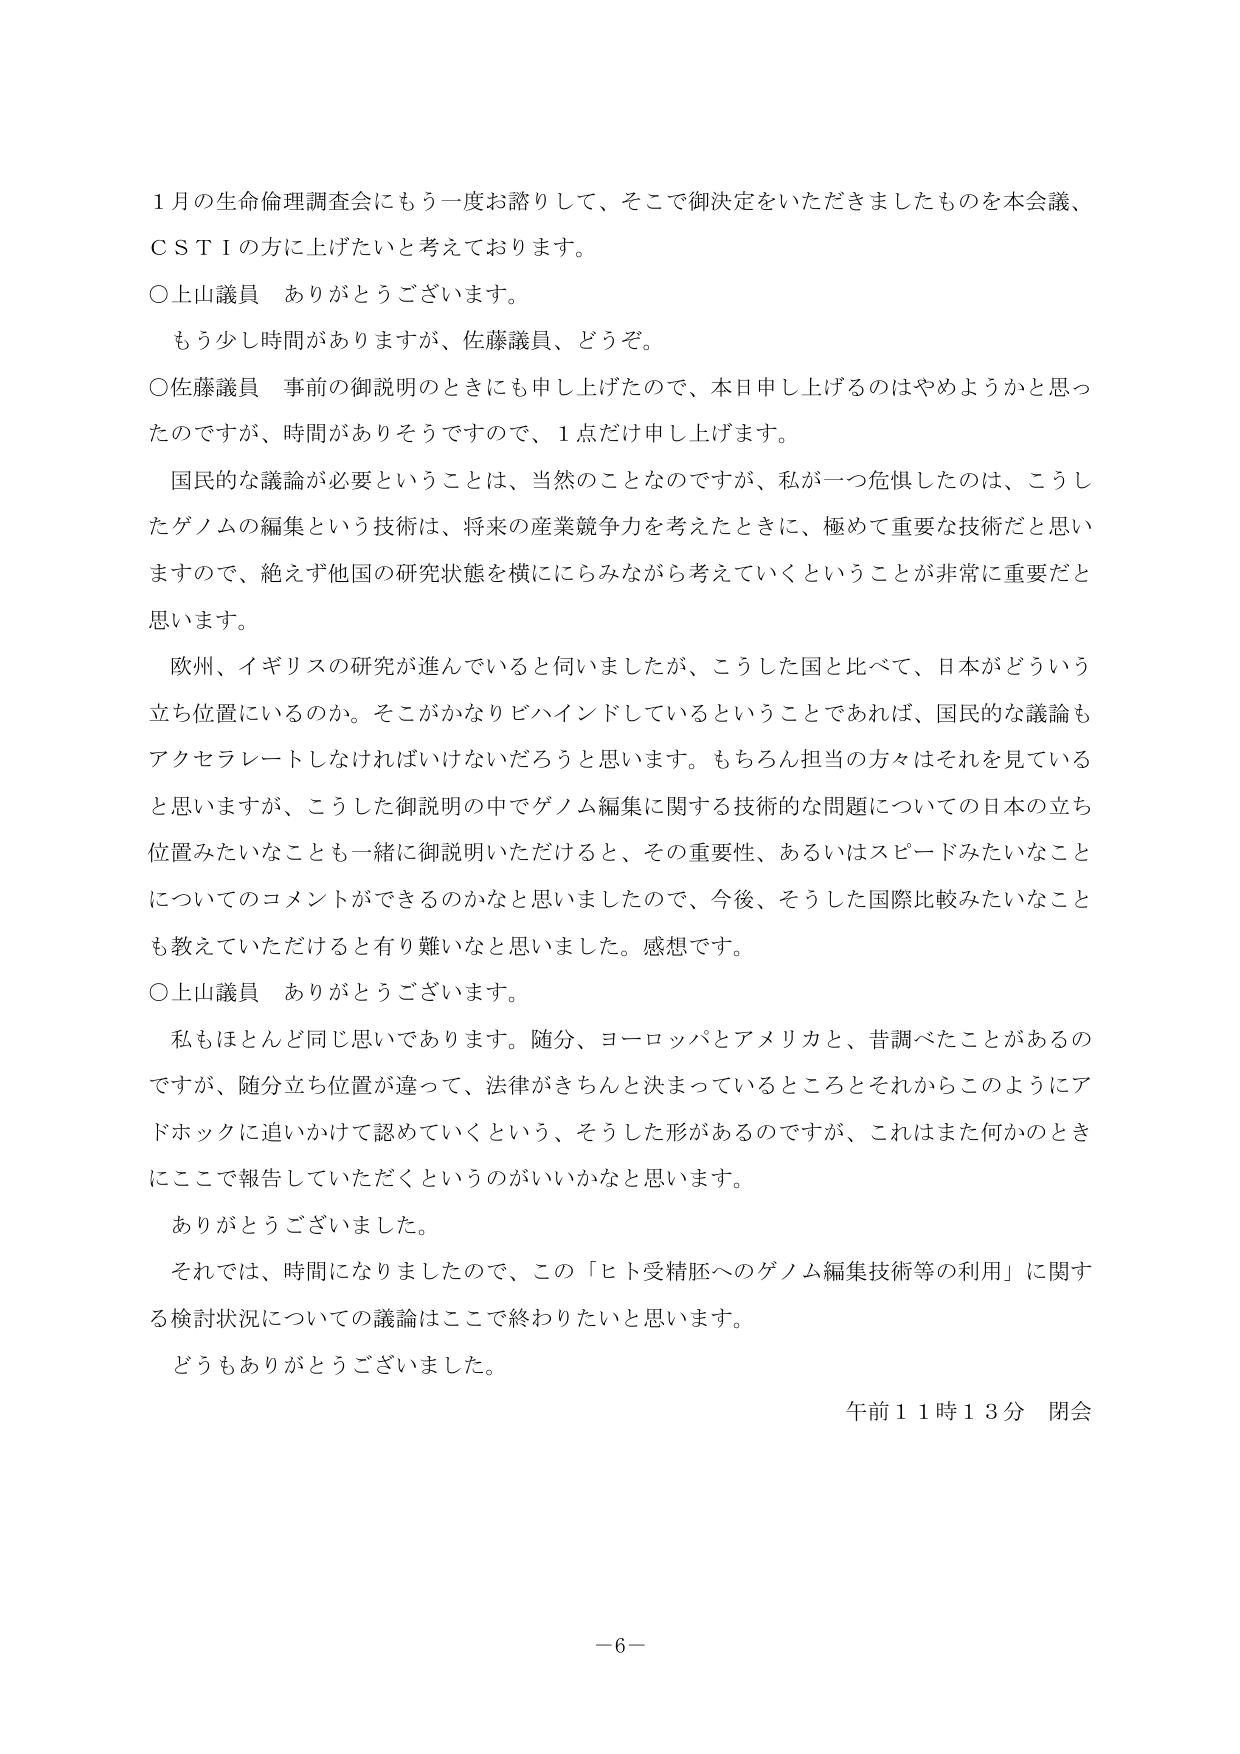
１月の生命倫理調査会にもう一度お諮りして、そこで御決定をいただきましたものを本会議、ＣＳＴＩの方に上げたいと考えております。

○上山議員　ありがとうございます。
　もう少し時間がありますが、佐藤議員、どうぞ。

○佐藤議員　事前の御説明のときにも申し上げたので、本日申し上げるのはやめようかと思ったのですが、時間がありそうですので、１点だけ申し上げます。
　国民的な議論が必要ということは、当然のことなのですが、私が一つ危惧したのは、こうしたゲノムの編集という技術は、将来の産業競争力を考えたときに、極めて重要な技術だと思いますので、絶えず他国の研究状態を横ににらみながら考えていくということが非常に重要だと思います。
　欧州、イギリスの研究が進んでいると伺いましたが、こうした国と比べて、日本がどういう立ち位置にいるのか。そこがかなりビハインドしているということであれば、国民的な議論もアクセラレートしなければいけないだろうと思います。もちろん担当の方々はそれを見ていると思いますが、こうした御説明の中でゲノム編集に関する技術的な問題についての日本の立ち位置みたいなことも一緒に御説明いただけると、その重要性、あるいはスピードみたいなことについてのコメントができるのかなと思いましたので、今後、そうした国際比較みたいなことも教えていただけると有り難いなと思いました。感想です。

○上山議員　ありがとうございます。
　私もほとんど同じ思いであります。随分、ヨーロッパとアメリカと、昔調べたことがあるのですが、随分立ち位置が違って、法律がきちんと決まっているところとそれからこのようにアドホックに追いかけて認めていくという、そうした形があるのですが、これはまた何かのときにここで報告していただくというのがいいかなと思います。
　ありがとうございました。
　それでは、時間になりましたので、この「ヒト受精胚へのゲノム編集技術等の利用」に関する検討状況についての議論はここで終わりたいと思います。
　どうもありがとうございました。

午前１１時１３分　閉会

－６－